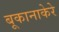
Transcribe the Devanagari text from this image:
बूकानाकेरे